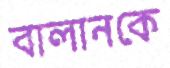
বালানকে